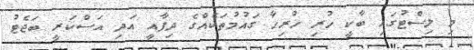
މި ލިސްޓުގައި ބާކީ ހުރި ހުރިހާ ގައުމުތަކެއްގެ ދިފާއީ އަދި އަސްކަރީ ބަޖެޓު